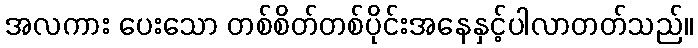
အလကား ပေးသော တစ်စိတ်တစ်ပိုင်းအနေနှင့်ပါလာတတ်သည်။